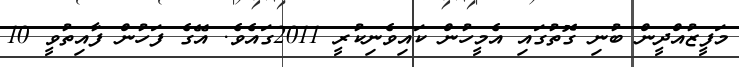
މަފީޒުއްދީން ބުނި ގޮތުގައި އެމީހުން ކައިވެނިކުރީ 2011ގައެވެ. އޭގެ ފަހުން ފާއިތުވީ 10